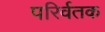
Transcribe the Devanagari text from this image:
परिर्वतक